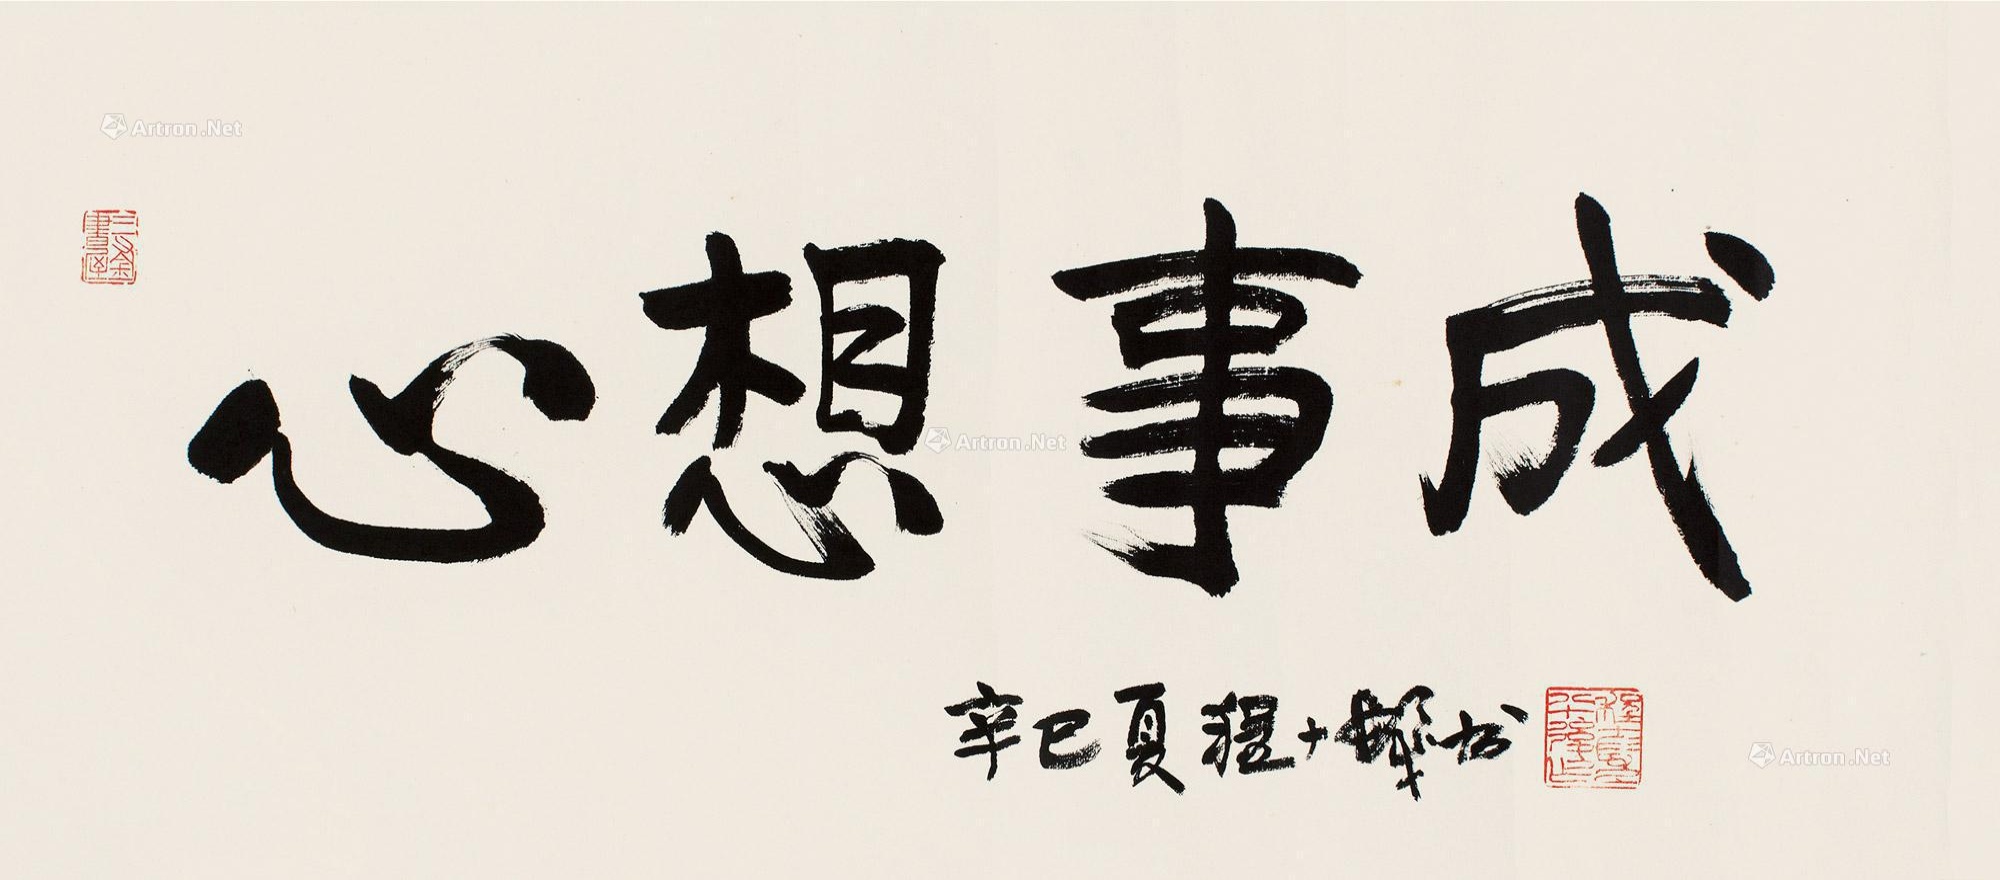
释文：心想事成。辛巳夏，程十发书。